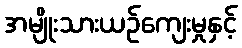
အမျိုးသားယဉ်ကျေးမှုနှင့်